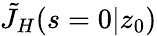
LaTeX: \tilde{J}_{H}(s=0|z_{0})